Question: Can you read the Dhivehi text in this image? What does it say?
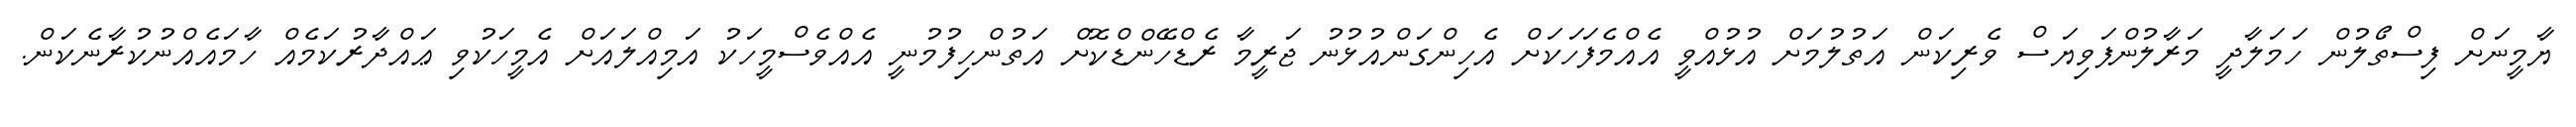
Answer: ޔާމީނަށް ފިސްތޯލުން ހަމަލާދީ މަރާލުންފަވިޔަސް ވެރިކަން އަތުލުމަށް އުޅުއްވީ އެއްމެފަހަކަށް އެހިންގަންއުޅުނު ޖަރީމާ ރެޑްހޭންޑްކޮށް އަތުންހިފުމުނީ އެއްވެސްމީހަކު އަމިއްލައަށް އެމީހަކުވި ޢައްދާރުކަމެއް ހާމައެއްނުކުރާނެކަން.